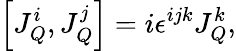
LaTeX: \left[J_{Q}^{i},J_{Q}^{j}\right]=i\epsilon^{ijk}J_{Q}^{k},